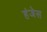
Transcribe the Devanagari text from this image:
हंजेस